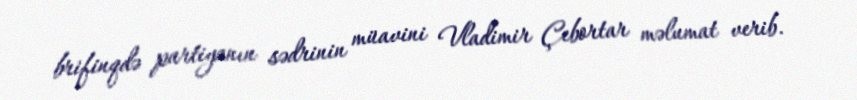
brifinqdə partiyanın sədrinin müavini Vladimir Çebortar məlumat verib.